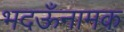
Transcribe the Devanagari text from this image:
भदऊँनामक